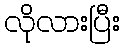
လိုလားပြီး